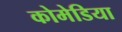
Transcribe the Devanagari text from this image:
कोमेडिया